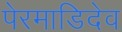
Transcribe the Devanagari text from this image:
पेरमाडिदेव